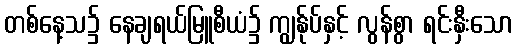
တစ်နေ့သ၌ နေချရယ်မြူစီယံ၌ ကျွန်ုပ်နှင့် လွန်စွာ ရင်းနှီးသော